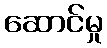
ဆောင်မှု